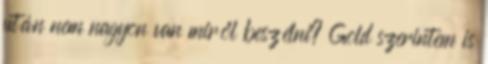
után nem nagyon van miről beszélni? Gold szerintem is